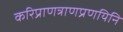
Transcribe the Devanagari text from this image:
करिप्राणत्राणप्रणयिनि